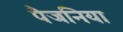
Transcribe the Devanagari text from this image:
पैजनिया